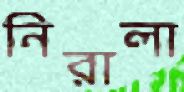
নিরালা